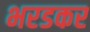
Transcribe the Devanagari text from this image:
भरडकर